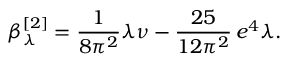
\beta _ { \lambda } ^ { [ 2 ] } = \frac { 1 } { 8 \pi ^ { 2 } } \lambda \nu - \frac { 2 5 } { 1 2 \pi ^ { 2 } } \, e ^ { 4 } \lambda .